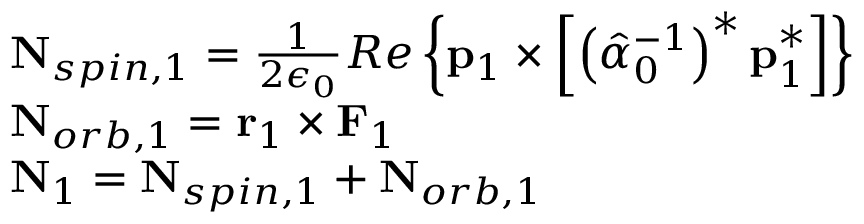
\begin{array} { r l } & { \mathbf { N } _ { s p i n , 1 } = \frac { 1 } { 2 \epsilon _ { 0 } } R e \left\{ \mathbf { p } _ { 1 } \times \left[ \left( \hat { \alpha } _ { 0 } ^ { - 1 } \right) ^ { * } \mathbf { p } _ { 1 } ^ { * } \right] \right\} } \\ & { \mathbf { N } _ { o r b , 1 } = \mathbf { r } _ { 1 } \times \mathbf { F } _ { 1 } } \\ & { \mathbf { N } _ { 1 } = \mathbf { N } _ { s p i n , 1 } + \mathbf { N } _ { o r b , 1 } } \end{array}